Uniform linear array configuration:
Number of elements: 12
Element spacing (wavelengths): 0.25
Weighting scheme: uniform
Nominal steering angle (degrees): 15
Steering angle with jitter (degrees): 16.989
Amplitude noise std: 0.05
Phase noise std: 0.05

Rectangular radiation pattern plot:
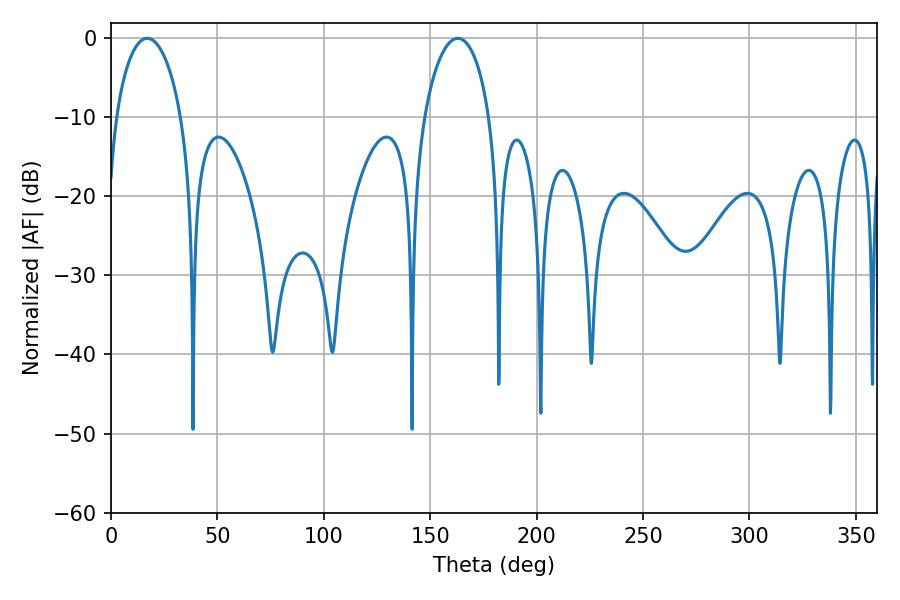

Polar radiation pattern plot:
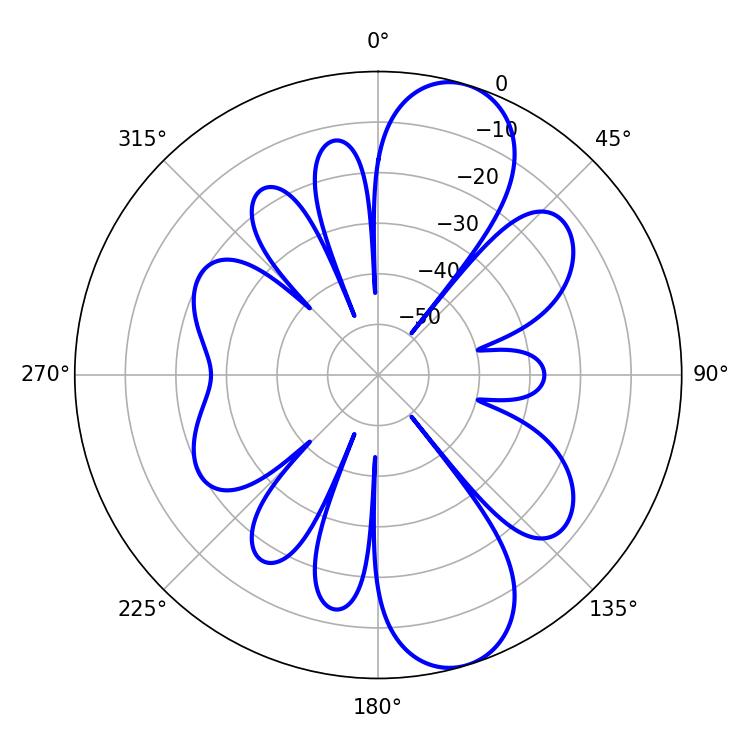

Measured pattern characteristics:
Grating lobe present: FALSE
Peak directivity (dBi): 10.038
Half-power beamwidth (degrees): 17.64
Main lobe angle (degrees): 162.9